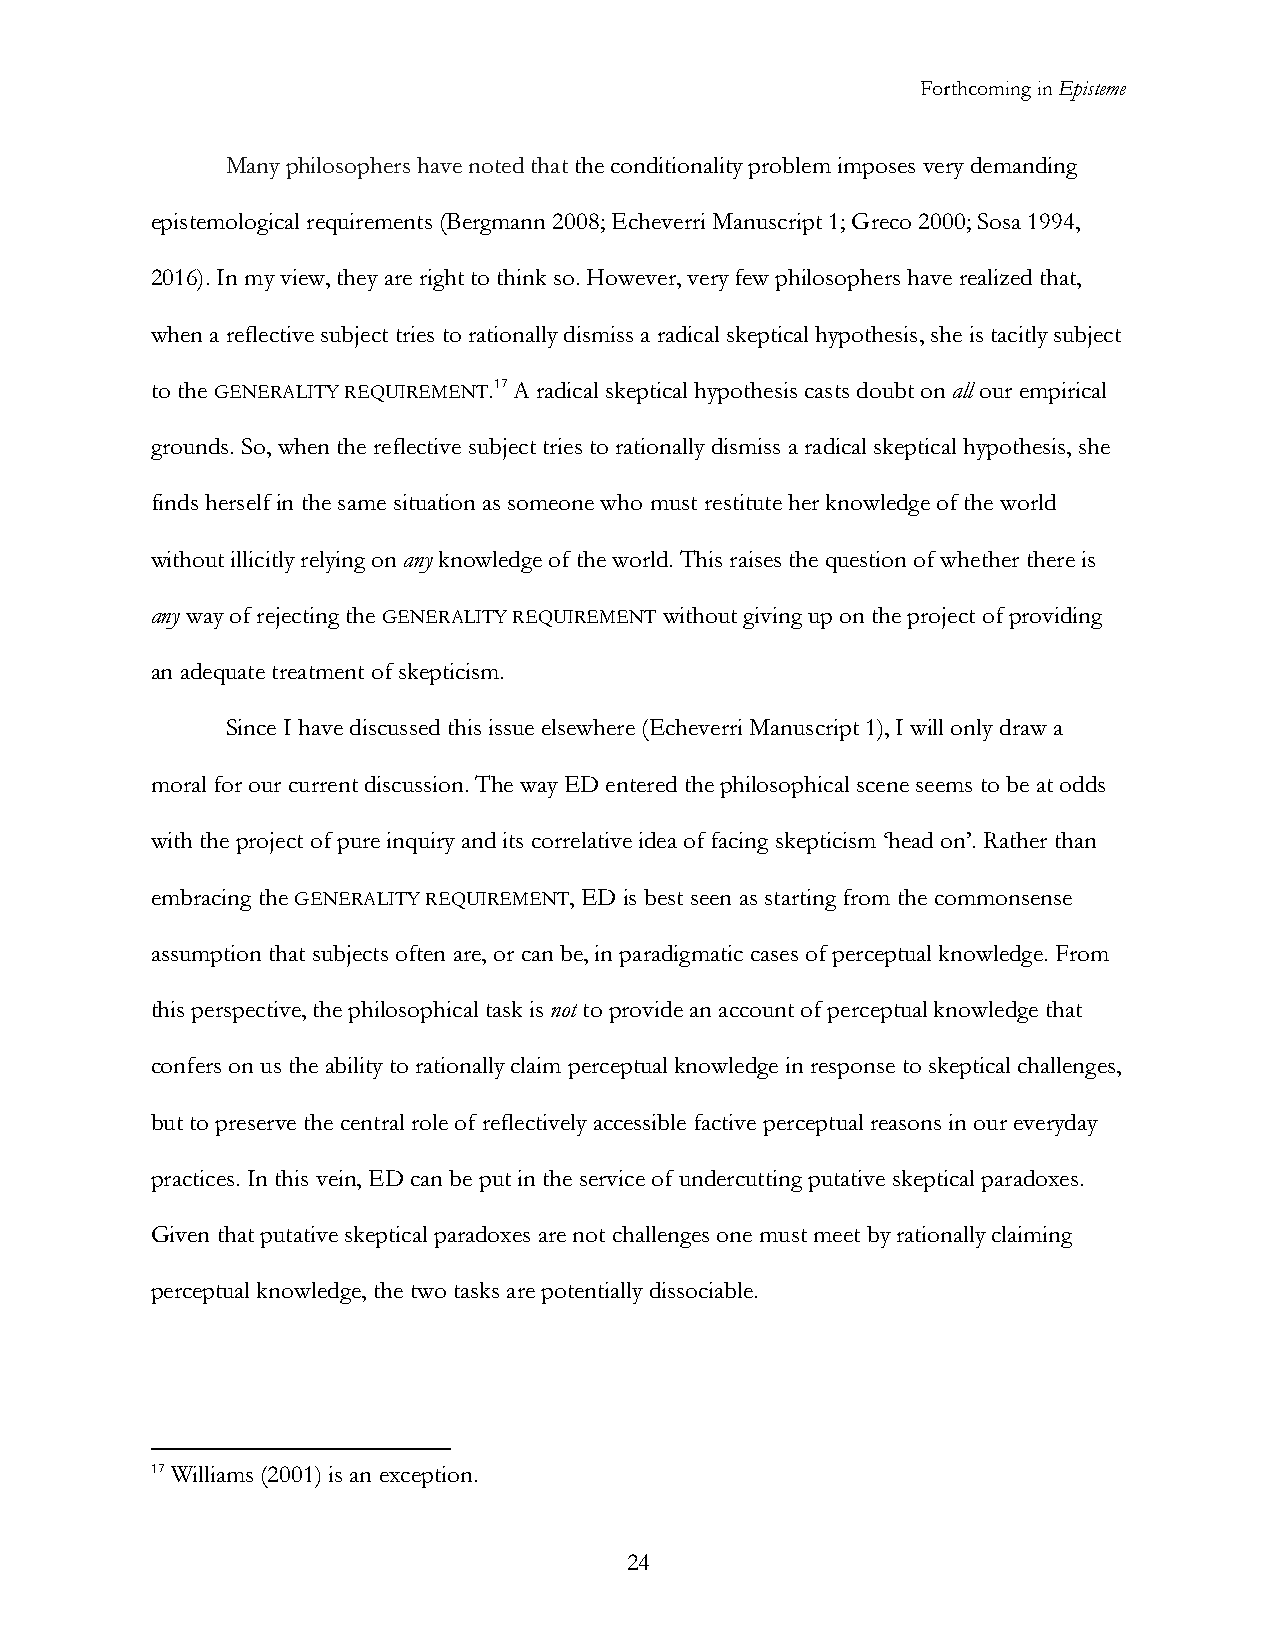
Forthcoming in Episteme
 Many philosophers have noted that the conditionality problem imposes very demanding
 epistemological requirements (Bergmann 2008; Echeverri Manuscript 1; Greco 2000; Sosa 1994,
 2016). In my view, they are right to think so. However, very few philosophers have realized that,
 when a reflective subject tries to rationally dismiss a radical skeptical hypothesis, she is tacitly subject
 to the GENERALITY REQUIREMENT.17 A radical skeptical hypothesis casts doubt on all our empirical
 grounds. So, when the reflective subject tries to rationally dismiss a radical skeptical hypothesis, she
 finds herself in the same situation as someone who must restitute her knowledge of the world
 without illicitly relying on any knowledge of the world. This raises the question of whether there is
 any way of rejecting the GENERALITY REQUIREMENT without giving up on the project of providing
 an adequate treatment of skepticism.
 Since I have discussed this issue elsewhere (Echeverri Manuscript 1), I will only draw a
 moral for our current discussion. The way ED entered the philosophical scene seems to be at odds
 with the project of pure inquiry and its correlative idea of facing skepticism ‘head on’. Rather than
 embracing the GENERALITY REQUIREMENT, ED is best seen as starting from the commonsense
 assumption that subjects often are, or can be, in paradigmatic cases of perceptual knowledge. From
 this perspective, the philosophical task is not to provide an account of perceptual knowledge that
 confers on us the ability to rationally claim perceptual knowledge in response to skeptical challenges,
 but to preserve the central role of reflectively accessible factive perceptual reasons in our everyday
 practices. In this vein, ED can be put in the service of undercutting putative skeptical paradoxes.
 Given that putative skeptical paradoxes are not challenges one must meet by rationally claiming
 perceptual knowledge, the two tasks are potentially dissociable.
 17 Williams (2001) is an exception.
 24